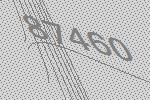
87460